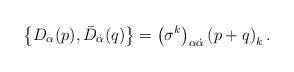
LaTeX: \begin{align*}\left\{ D_\alpha (p) , \bar{D}_{\dot{\alpha}} (q) \right\} = \left ( \sigma^k \right)_{\alpha\dot{\alpha}} \left( p+q \right)_k .\end{align*}